Lunatic asylums Bombay report 1878-1890 - 1878-1890
Year: 1878
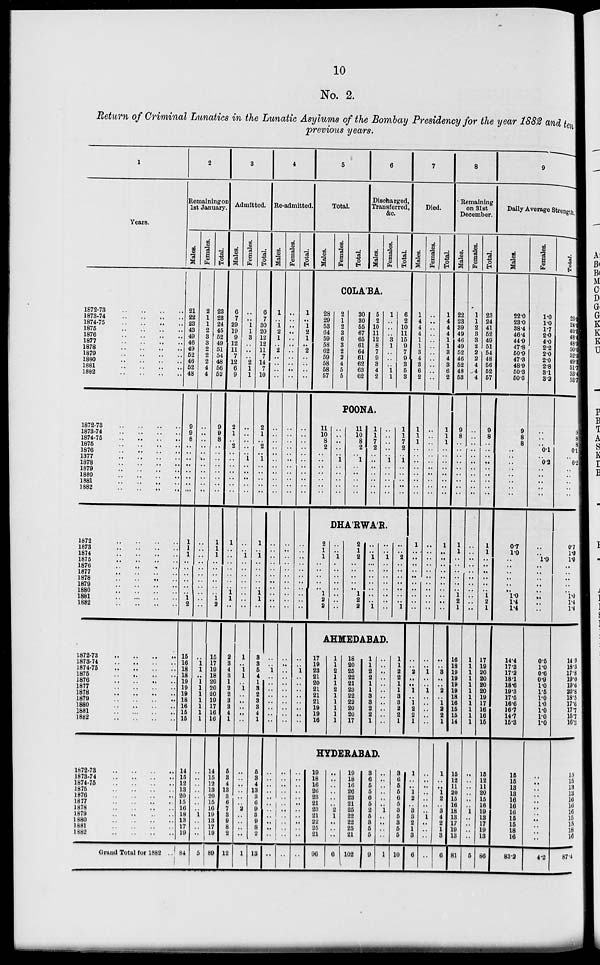
10
No. 2.
Return of Criminal Lunatics in the Lunatic Asylums of the Bombay Presidency for the year 1882 and ten
previous years.
1
Years.
1872-73
..
..
..
..
1873-74 .. .. .. ..
1874-75
..
..
..
..
1875
..
..
..
..
1876
..
..
..
..
1877
..
..
..
..
1878
..
..
..
..
1879
..
..
..
..
1880
..
..
..
..
1881
..
..
..
..
1882
..
..
..
..
1872-73
..
..
..
..
1873-74
..
..
..
..
1874-75
..
..
..
..
1875
..
..
..
..
1876
..
..
..
..
1877 .. .. .. ..
1878 .. .. .. ..
1879
..
..
..
..
1880
..
..
..
..
1881 .. .. .. ..
1882 .. .. .. ..
1872
..
..
..
..
1873
..
..
..
..
1874
..
..
..
..
1875 .. .. .. ..
1876
..
..
..
..
1877
..
..
..
..
1878 .. .. .. ..
1879
..
..
..
..
1880
..
..
..
..
1881
..
..
..
..
1882
..
..
..
..
1872-73
..
..
..
..
1873-74
..
..
..
..
1874-75
..
..
..
..
1875
..
..
..
..
1876
..
..
..
..
1877
..
..
..
..
1878
..
..
..
..
1879
..
..
..
..
1880
..
..
..
..
1881
..
..
..
..
1882
..
..
..
..
1872-73
..
..
..
..
1873-74
..
..
..
..
1874-75
..
..
..
..
1875
..
..
..
..
1876
..
..
..
..
1877
..
..
..
..
1878
..
..
..
..
1879
..
..
..
..
1880
..
..
..
..
1881
..
..
..
..
1882
..
..
..
..
Grand Total for 1882 ..
2
Remaining on
1st January.
Males.
21
22
23
43
49
46
49
52
46
52
48
9
9
8
..
..
..
..
..
..
..
..
1
1
1
..
..
..
..
..
..
1
2
15
16
18
18
19
19
19
18
16
15
15
14
15
12
13
20
15
16
18
13
17
19
84
Females.
2
1
1
2
3
3
2
2
2
4
4
..
..
..
..
..
..
..
..
..
..
..
..
..
..
..
..
..
..
..
..
..
..
..
1
1
...
1
1
1
1
1
1
1
..
..
..
..
..
..
..
1
..
..
..
5
Total.
23
23
24
45
52
49
51
54
48
56
52
9
9
8
..
..
..
..
..
..
..
..
1
1
1
..
..
..
..
..
..
1
2
15
17
19
18
20
20
20
19
17
16
16
14
15
12
13
20
15
16
19
13
17
19
89
3
Admitted.
Males.
6
7
29
19
9
12
11
7
12
6
9
2
1
..
2
..
..
..
..
..
..
..
1
..
..
..
..
..
..
..
1
1
..
2
3
4
3
1
2
2
3
3
4
1
5
3
4
13
3
6
7
3
9
8
2
12
Females.
..
..
1
1
3
..
..
..
2
1
1
..
..
..
..
..
1
..
..
..
..
..
..
..
1
..
..
..
..
..
..
..
..
1
..
1
1
..
1
..
..
..
..
..
..
..
..
..
..
..
2
..
..
..
..
1
Total.
6
7
30
20
12
12
11
7
14
7
10
2
1
..
2
..
1
..
..
..
..
..
1
..
1
..
..
..
..
..
1
1
..
3
3
5
4
1
3
2
3
3
4
1
5
3
4
13
3
6
9
8
9
8
2
13
4
Re-admitted.
Males.
1
..
1
2
1
2
..
..
..
..
..
..
..
..
..
..
..
..
..
..
..
..
..
..
..
..
..
..
..
..
..
..
..
1
..
..
..
..
..
..
..
..
..
..
..
..
..
..
..
..
..
..
..
..
Females.
..
..
..
..
..
..
..
..
..
..
..
..
..
..
..
..
..
..
..
..
..
..
..
..
..
..
..
..
..
..
..
..
..
..
..
..
..
..
..
..
..
..
Total.
1
..
1
2
1
2
..
..
..
..
..
..
..
..
..
..
..
..
..
..
..
..
..
..
..
..
..
..
..
..
..
..
1
..
..
..
..
..
..
..
..
5
Total.
Males.
Females.
Total.
6
Discharged,
Transferred,
&c.
Males.
Females.
Total.
COLA'BA.
28
29
53
64
59
58
62
59
58
58
57
2
1
2
3
6
3
2
2
4
5
5
30
30
55
67
65
61
64
61
62
63
62
5
2
10
11
12
8
7
9
3
4
2
1
..
..
..
3
1
..
..
..
1
1
6
2
10
11
15
9
7
9
3
5
3
POONA.
11
10
8
2
..
..
..
..
..
..
..
..
..
..
..
..
1
..
..
..
..
..
11
10
8
2
..
1
..
..
..
..
..
1
1
7
2
..
..
..
..
..
..
..
..
..
..
..
..
1
..
..
..
..
..
1
1
7
2
..
1
..
..
..
..
..
DHA'RWA'R.
2
1
1
..
..
..
..
..
1
2
2
..
..
1
..
..
..
..
..
..
..
..
2
1
2
..
..
..
..
..
1
2
2
..
..
1
..
..
..
..
..
..
..
1
..
..
1
..
..
..
..
..
..
..
..
..
..
2
..
..
..
..
..
..
..
1
AHMEDABAD.
17
19
23
21
20
21
21
21
19
19
16
1
1
2
1
1
2
1
1
1
1
1
18
20
25
22
21
23
22
22
20
20
17
1
1
2
2
1
1
3
8
2
2
1
..
..
..
..
..
..
..
..
..
..
..
1
1
2
2
1
1
3
3
2
2
1
7
Died.
Males.
1
4
4
4
1
1
3
4
3
6
2
1
1
1
..
..
..
..
..
..
..
..
1
..
..
..
..
..
..
..
..
..
..
..
..
2
..
..
1
..
1
2
2
1
HYDERABAD.
..
..
..
..
..
..
..
..
..
..
..
..
..
..
..
..
..
..
..
..
..
..
..
..
19
18
16
26
23
21
23
21
22
25
21
96
..
..
..
..
..
..
2
1
..
..
..
6
19
18
16
26
23
21
25
22
22
25
21
102
3
6
5
5
6
5
2
5
3
5
5
9
..
..
..
..
..
..
1
..
..
..
..
1
3
6
5
5
6
5
3
5
3
5
5
10
1
..
..
1
2
..
3
3
2
1
3
6
Females.
..
..
..
..
..
..
..
..
..
..
..
..
..
..
..
..
..
..
..
..
..
..
..
..
..
..
..
..
..
..
..
..
..
..
..
1
..
..
1
..
..
..
..
..
..
..
..
..
..
..
..
1
..
..
..
..
Total.
1
4
4
4
1
1
3
4
3
6
2
1
1
1
..
..
..
..
..
..
..
..
1
..
..
..
..
..
..
..
..
..
..
..
..
3
..
..
2
..
1
2
2
1
1
..
..
1
2
..
3
4
2
1
3
6
8
Remaining
on 31st
December.
Males.
22
23
39
49
46
49
52
46
52
48
53
9
8
..
..
..
..
..
..
..
..
..
1
1
..
..
..
..
..
..
1
2
1
16
18
19
19
19
19
18
16
15
15
14
15
12
11
20
15
16
18
13
17
19
13
81
Females.
1
1
2
3
3
2
2
2
4
4
4
..
..
..
..
..
..
..
..
..
..
..
..
..
..
..
..
..
..
..
..
..
..
1
1
1
1
1
1
1
1
1
1
1
..
..
..
..
..
..
1
..
..
..
..
5
Total.
23
24
41
52
49
51
54
48
56
52
57
9
8
..
..
..
..
..
..
..
..
..
1
1
..
..
..
..
..
..
1
2
1
17
19
20
20
20
20
19
17
16
16
15
15
12
11
20
15
16
19
18
17
19
13
86
9
Daily Average Strength.
Males.
22.0
23.0
38.4
46.4
44.9
47.8
50.9
47.3
48.9
50.3
50.5
9
8
8
..
..
..
..
..
..
..
..
0.7
1.0
..
..
..
..
..
..
1.0
1.4
1.4
14.4
17.8
17.2
18.1
18.6
19.8
17.5
16.6
16.7
14.7
15.8
15
15
13
13
16
16
16
15
15
18
16
83.2
Females.
1.0
1.0
1.7
2.0
4.0
2.2
2.0
2.0
2.8
3.1
3.2
..
..
..
0.1
..
0.2
..
..
..
..
..
..
..
1.0
..
..
..
..
..
..
..
..
0.5
1.0
0.6
0.9
1.0
1.5
1.0
1.0
1.0
1.0
1.0
..
..
..
..
..
..
..
..
..
..
..
4.2
Total.
23.0
24.0
40.1
48.4
48.9
50.0
52.9
49.3
51.7
53.4
53.7
9
8
8
0.1
..
0.2
..
..
..
..
..
0.7
1.0
1.0
..
..
..
..
..
1.0
1.4
1.4
14.9
18.3
17.8
19.0
10.6
20.8
18.5
17.6
17.7
157
16.3
15
15
13
13
16
16
16
15
15
18
16
87.4